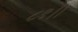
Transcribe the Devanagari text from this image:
८९।।